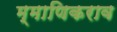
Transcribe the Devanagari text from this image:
म्माणिकराव